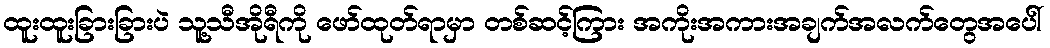
ထူးထူးခြားခြားပဲ သူ့သီအိုရီကို ဖော်ထုတ်ရာမှာ တစ်ဆင့်ကြား အကိုးအကားအချက်အလက်တွေအပေါ်